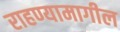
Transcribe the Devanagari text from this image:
राहण्यामागील